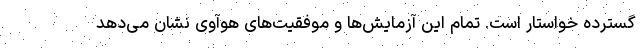
گسترده خواستار است. تمام این آزمایش‌ها و موفقیت‌های هوآوی نشان می‌دهد